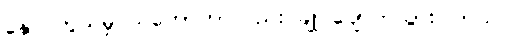
နှောင်တွယ်မှု သဘောဟာလည်း ချုပ်ပျောက်သွားပါတယ်။